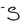
Character: S